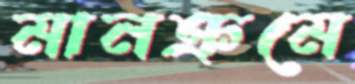
মানক্রমে